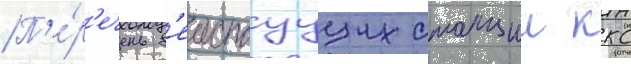
П'е́р'ечень д'еиствуущих станции ккс